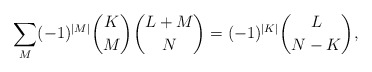
\begin{align*}\sum_M (-1)^{|M|}{K \choose M}{{L+M} \choose {N}}=(-1)^{|K|}{{L} \choose{N-K}},\end{align*}